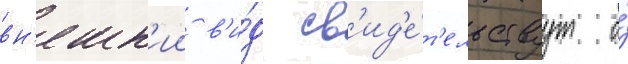
вн'ешн'ии в'и́д св'ид'е́т'ельствуут о́